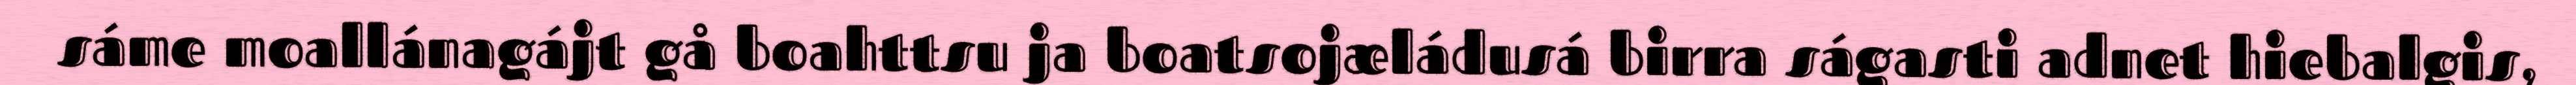
sáme moallánagájt gå boahttsu ja boatsojæládusá birra ságasti adnet hiebalgis,